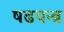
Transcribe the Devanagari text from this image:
षढयन्त्र